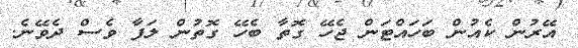
އޭރުން ކެއުން ބަހައްޓަން ޖެހޭ ގޮތާ ބެހޭ ގޮތުން ލަފާ ވެސް ދެވޭނެ.